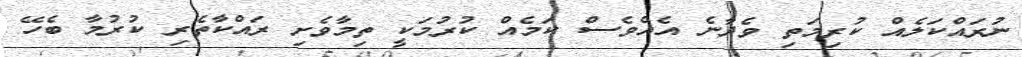
ނުރައްކަލެއް ކުރިމަތި ވެދާނެ އެއްވެސް ކަމެއް ކުރުމަކީ ތިމާވެށި ރައްކާތެރި ކުރުމާ ބެހޭ